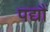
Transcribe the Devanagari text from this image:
पद्यौं